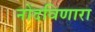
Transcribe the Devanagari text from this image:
नोंदविणारा